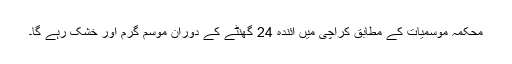
محکمہ موسمیات کے مطابق کراچی میں آئندہ 24 گھنٹے کے دوران موسم گرم اور خشک رہے گا۔